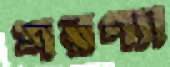
শরণ্যা